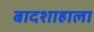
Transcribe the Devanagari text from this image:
बादशाहाला